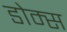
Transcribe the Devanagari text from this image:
डोम्स